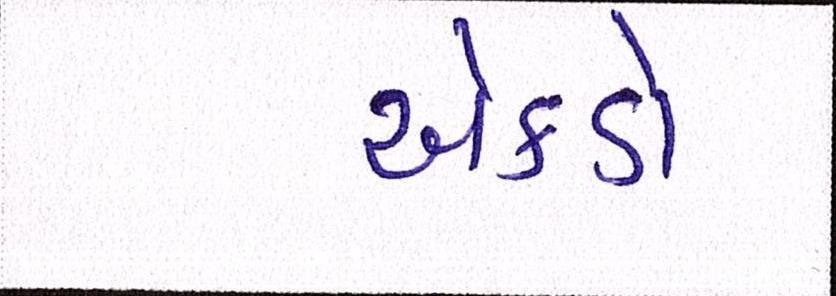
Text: એકડો